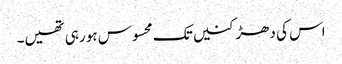
اس کی دھڑکنیں تک محسوس ہو رہی تھیں۔